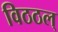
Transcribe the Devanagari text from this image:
विठठल्